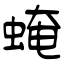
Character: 𧌄